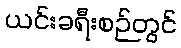
ယင်းခရီးစဉ်တွင်